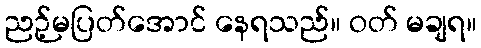
ညဉ့်မပြတ်အောင် နေရသည်။ ဝတ် မချရ။